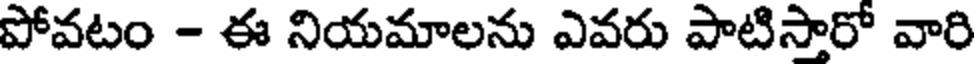
పోవటం - ఈ నియమాలను ఎవరు పాటిసారో వారి